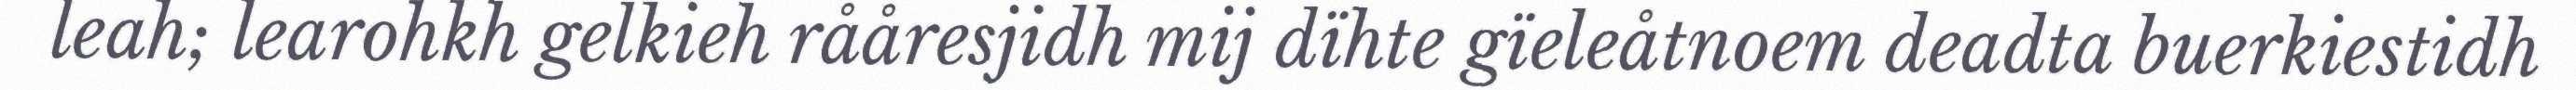
leah; learohkh gelkieh rååresjidh mij dïhte gïeleåtnoem deadta buerkiestidh